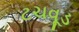
ટચવૂડ